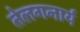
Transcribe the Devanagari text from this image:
तेलगनार्य